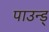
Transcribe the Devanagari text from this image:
पाउन्ड्